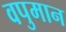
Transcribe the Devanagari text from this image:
वपुमान